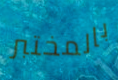
بالمختبر